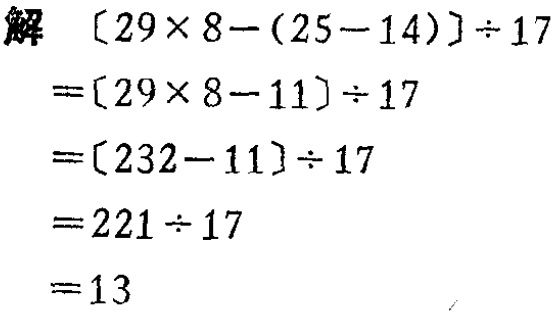
解 \([29\times 8-(25 - 14)]\div 17\)

\(=[29\times 8-11]\div 17\)

\(=[232 - 11]\div 17\)

\(=221\div 17\)

\(=13\)